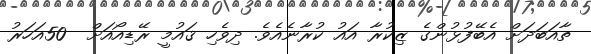
ތާއަބަދަށް އެބޭފުޅުންގެ ޒިކުރާ އައު ކުރާނެއެވެ. ދިވެހި ޤައުމީ ރޭޑިއޯއަށް  50އަހަރު